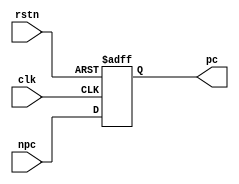
module pc( clk, rstn, npc, pc);
  input              clk;
  input             rstn;
  input       [31:0] npc;
  output reg  [31:0] pc;

  always @(posedge clk, posedge rstn)
    if (rstn) 
      pc <= 32'h0000_0000;
    else
      pc <= npc;     
endmodule
module npc(pc, NPCOp, Zero,immout, npc,aluout, ALUOp,rs1, pcM);
    input  [31:0] pc;
    input  [2:0]  NPCOp;     // 获得下一个PC地址的控制信号
    input  [31:0] immout;
    input [31:0] aluout;
    input [4:0] ALUOp;
    input Zero;
    input [4:0] rs1;

    output reg [31:0] npc;
    output [31:0] pcM;
   
    assign pcM = pc;
   
always@(*)begin
        begin 
            begin
            case(NPCOp)
            `NPC_PLUS4: npc = pc +4;                            
            `NPC_BRANCH:begin 
                        case(ALUOp)
                        `ALUOp_sub:if(Zero==1) npc =pc+immout; else npc = pc +4;
                        `ALUOp_bne:if(Zero==0) npc =pc+immout; else npc = pc +4;
                        `ALUOp_blt:if(aluout==1) npc =pc+immout; else npc = pc +4;
                        `ALUOp_bge:if(aluout==1) npc =pc+immout; else npc = pc +4;
                        `ALUOp_bltu:if(aluout==1) npc =pc+immout; else npc = pc +4;
                        `ALUOp_bgeu:if(aluout==1) npc =pc+immout; else npc = pc +4;
                        default: npc = pc +4;
                        endcase
                        end
            `NPC_JUMP: npc = pc+immout; 
            `NPC_JALR: npc = U_RF.rf[rs1]+immout;
            endcase
           end
        end
    end
endmodule